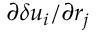
\partial \delta u _ { i } / \partial r _ { j }